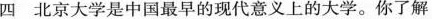
四 北京大学是中国最早的现代意义上的大学。你了解